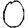
Digit: 0